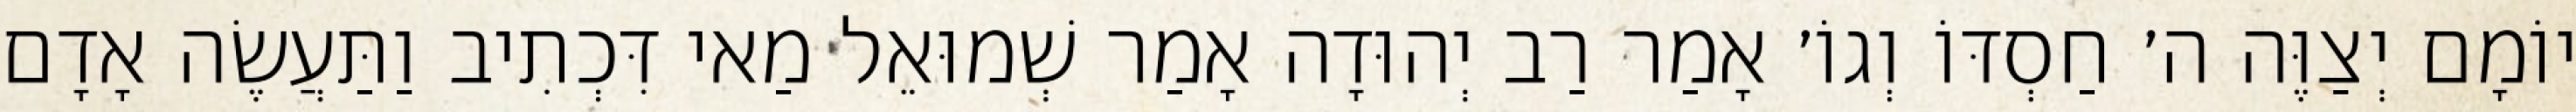
יוֹמָם יְצַוֶּה ה׳ חַסְדּוֹ וְגוֹ׳ אָמַר רַב יְהוּדָה אָמַר שְׁמוּאֵל מַאי דִּכְתִיב וַתַּעֲשֶׂה אָדָם